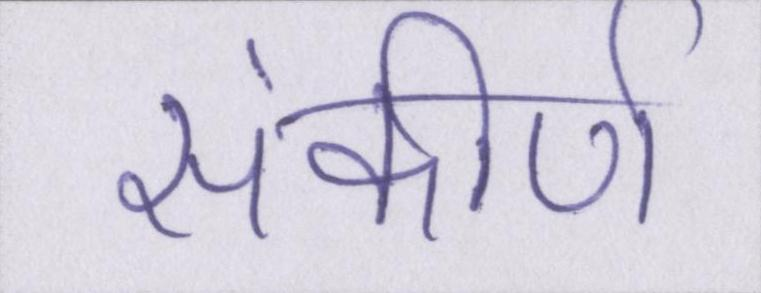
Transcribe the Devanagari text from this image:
संकीर्ण